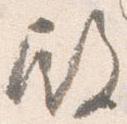
殿